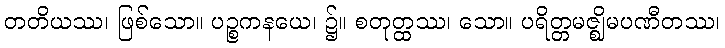
တတိယဿ၊ ဖြစ်သော။ ပဉ္စကနယေ၊ ၌။ စတုတ္ထဿ၊ သော။ ပရိတ္တမဇ္ဈိမပဏီတဿ၊